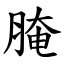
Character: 腌